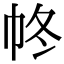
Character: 㠽